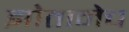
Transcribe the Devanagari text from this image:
झोतानेच